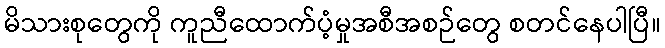
မိသားစုတွေကို ကူညီထောက်ပံ့မှုအစီအစဉ်တွေ စတင်နေပါပြီ။